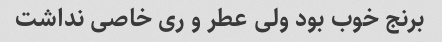
برنج خوب بود ولی عطر و ری خاصی نداشت